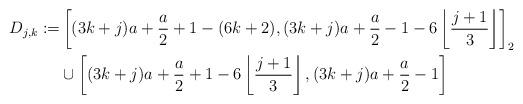
LaTeX: \begin{align*}D_{j,k} := & \left[(3 k + j) a + \frac{a}{2} + 1 - (6k+2),(3 k + j) a + \frac{a}{2} - 1 - 6 \left\lfloor \frac{j+1}{3} \right\rfloor \right]_2 \\& \cup \left[(3k+j) a + \frac{a}{2} + 1 - 6 \left\lfloor \frac{j+1}{3} \right\rfloor, (3 k + j) a + \frac{a}{2} - 1 \right]\end{align*}